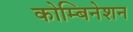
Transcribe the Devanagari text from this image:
कोम्बिनेशन